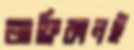
আফ্রিকানই